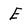
Character: E